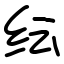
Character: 纭